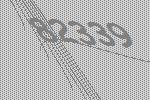
82339